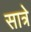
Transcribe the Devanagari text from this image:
सात्रे